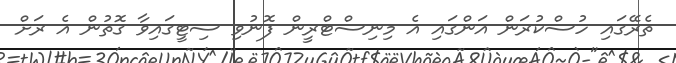
ތެރޭގައި ހުސްކުރަން އަންގައި އެ މިނިސްޓްރީން ފޮނުވި ސިޓީގައިވާ ގޮތުން އެ ރަށް